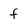
Character: f